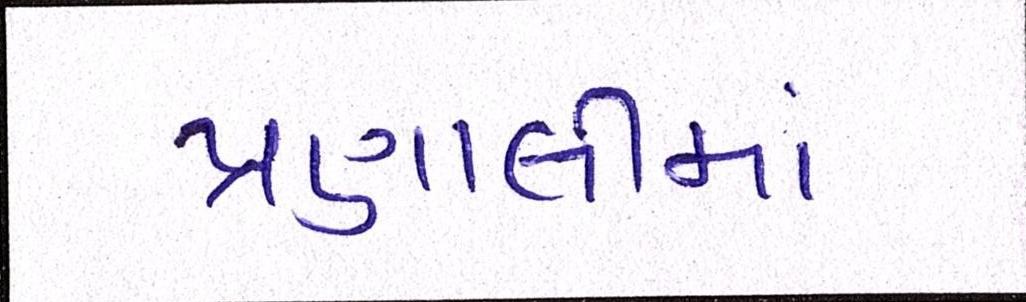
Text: પ્રણાલીમાં